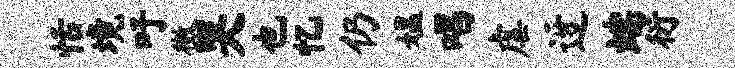
恬境吁徵哭也忆仍媪唱虐迓端衍